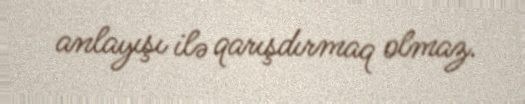
anlayışı ilə qarışdırmaq olmaz.